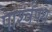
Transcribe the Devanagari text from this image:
पार्श्‍वपथ